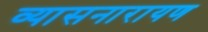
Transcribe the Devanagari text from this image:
व्यासनारायण